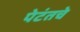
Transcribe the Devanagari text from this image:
पेटंतचे